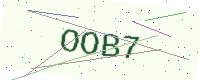
Text: OOB7